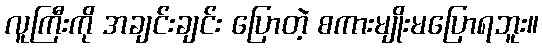
လူကြီးကို အချင်းချင်း ပြောတဲ့ စကားမျိုးမပြောရဘူး။